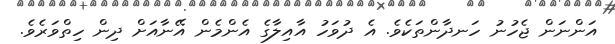
އަންނަން ޖެހުނު ހަނދާންތަކެވެ. އެ ދުވަހު އާއިލާގެ އެންމެން އޭނާއަށް ދިން ހިތްވަރެވެ.